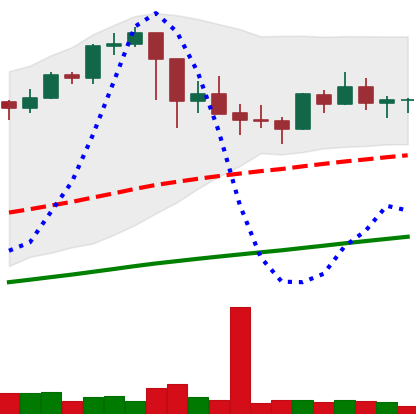
Ticker: BTC-USD
Chart end date: 2021-03-06
Forward return: 18.181%
Label: up_7plus